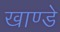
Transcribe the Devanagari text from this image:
खाण्डे